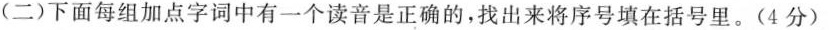
(二)下面每组加点字词中有一个读音是正确的，找出来将序号填在括号里。(4分)